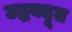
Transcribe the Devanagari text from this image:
उद्धवदूत